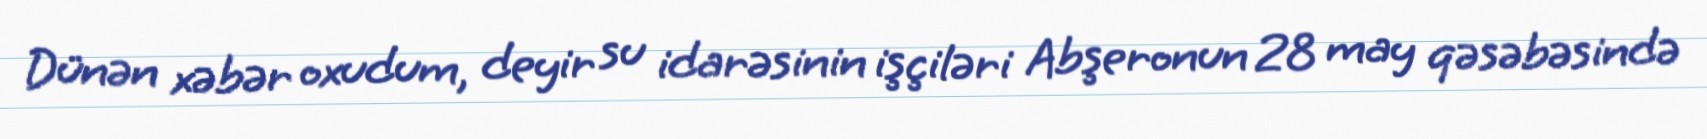
Dünən xəbər oxudum, deyir su idarəsinin işçiləri Abşeronun 28 may qəsəbəsində